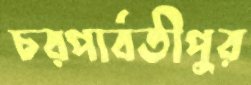
চরপার্বতীপুর